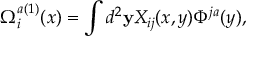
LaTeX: \Omega _ { i } ^ { a ( 1 ) } ( x ) = \int d ^ { 2 } { \bf y } X _ { i j } ( x , y ) \Phi ^ { j a } ( y ) ,